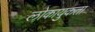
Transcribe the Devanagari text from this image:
लोकायुकता